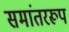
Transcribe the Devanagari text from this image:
समांतररूप